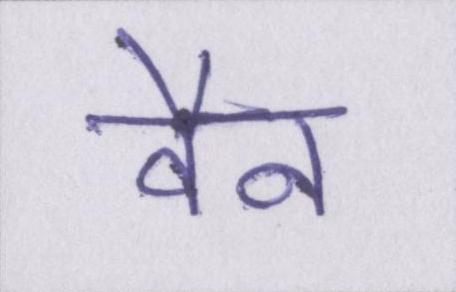
वैन